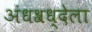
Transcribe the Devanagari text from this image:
अंधश्रध्देला